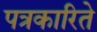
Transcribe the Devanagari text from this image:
पत्रकारिते